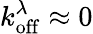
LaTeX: k_{\mathrm{off}}^{\lambda}\approx 0